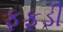
ફફડી